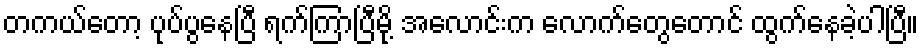
တကယ်တော့ ပုပ်ပွနေပြီ ရက်ကြာပြီမို့ အလောင်းက လောက်တွေတောင် ထွက်နေခဲ့ပါပြီ။